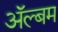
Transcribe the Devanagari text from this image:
अॅल्बम